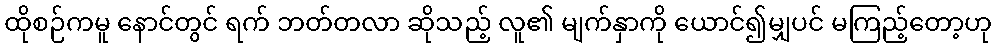
ထိုစဉ်ကမူ နောင်တွင် ရက် ဘတ်တလာ ဆိုသည့် လူ၏ မျက်နှာကို ယောင်၍မျှပင် မကြည့်တော့ဟု